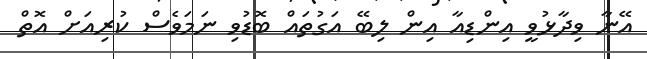
އޭނާ ވިދާޅުވީ އިންޑިއާ އިން ލިބޭ އަގުތައް ބޮޑުވި ނަމަވެސް ކުރިއަށް އޮތް